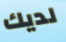
لديك